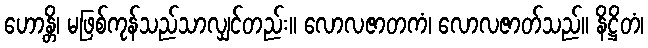
ဟောန္တိ၊ မဖြစ်ကုန်သည်သာလျှင်တည်း။ လောလဇာတကံ၊ လောလဇာတ်သည်။ နိဋ္ဌိတံ၊